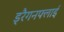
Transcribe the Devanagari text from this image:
ड्रैगनफ्लाई